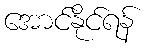
အောင်နိုင်ရန်